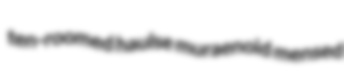
ten-roomed haulse muraenoid mensed